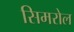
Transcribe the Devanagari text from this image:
सिमरोल